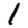
Digit: 1